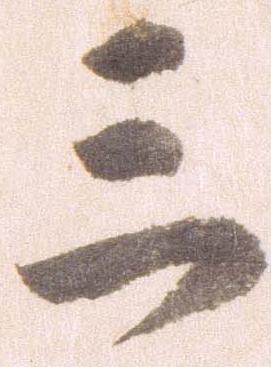
三